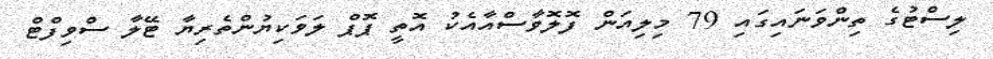
ލިސްޓުގެ ތިންވަނައިގައި 79 މިލިއަން ފޮލޮވާސްއާއެކު އޮތީ ޕޮޕް ލަވަކިޔުންތެރިޔާ ޓޭލާ ސްވިފްޓް